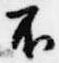
不